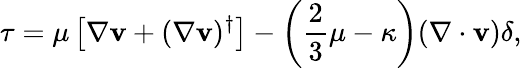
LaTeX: \mathbf{\tau}=\mu\left[\nabla\mathbf{v}+(\nabla\mathbf{v})^{\dagger}\right]-\left({\frac{2}{3}}\mu-\kappa\right)(\nabla\cdot\mathbf{v})\mathbf{\delta},